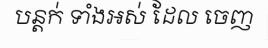
បន្តក់ ទាំងអស់ ដែល ចេញ